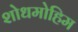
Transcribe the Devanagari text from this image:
शोधमोहिम